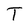
Character: T